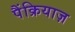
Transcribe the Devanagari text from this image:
पैंक्रियाज़